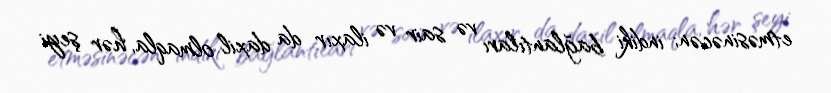
etməsinəcən; indiki bağlantıları və sair və ilaxır da daxil olmaqla, hər şeyi